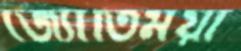
জ্যোতির্ময়ী